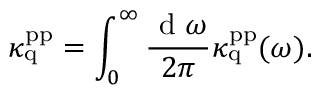
\kappa _ { \mathrm { q } } ^ { \mathrm { p p } } = \int _ { 0 } ^ { \infty } \frac { \mathrm { ~ d ~ } \omega } { 2 \pi } \kappa _ { \mathrm { q } } ^ { \mathrm { p p } } ( \omega ) .